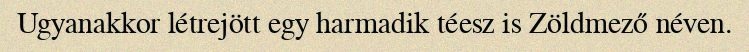
Ugyanakkor létrejött egy harmadik téesz is Zöldmező néven.